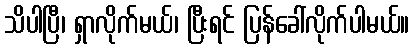
သိပါပြီ၊ ရှာလိုက်မယ်၊ ပြီးရင် ပြန်ခေါ်လိုက်ပါမယ်။